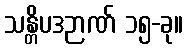
သန္တိပဒဉာဏ် ၁၅-ခု။